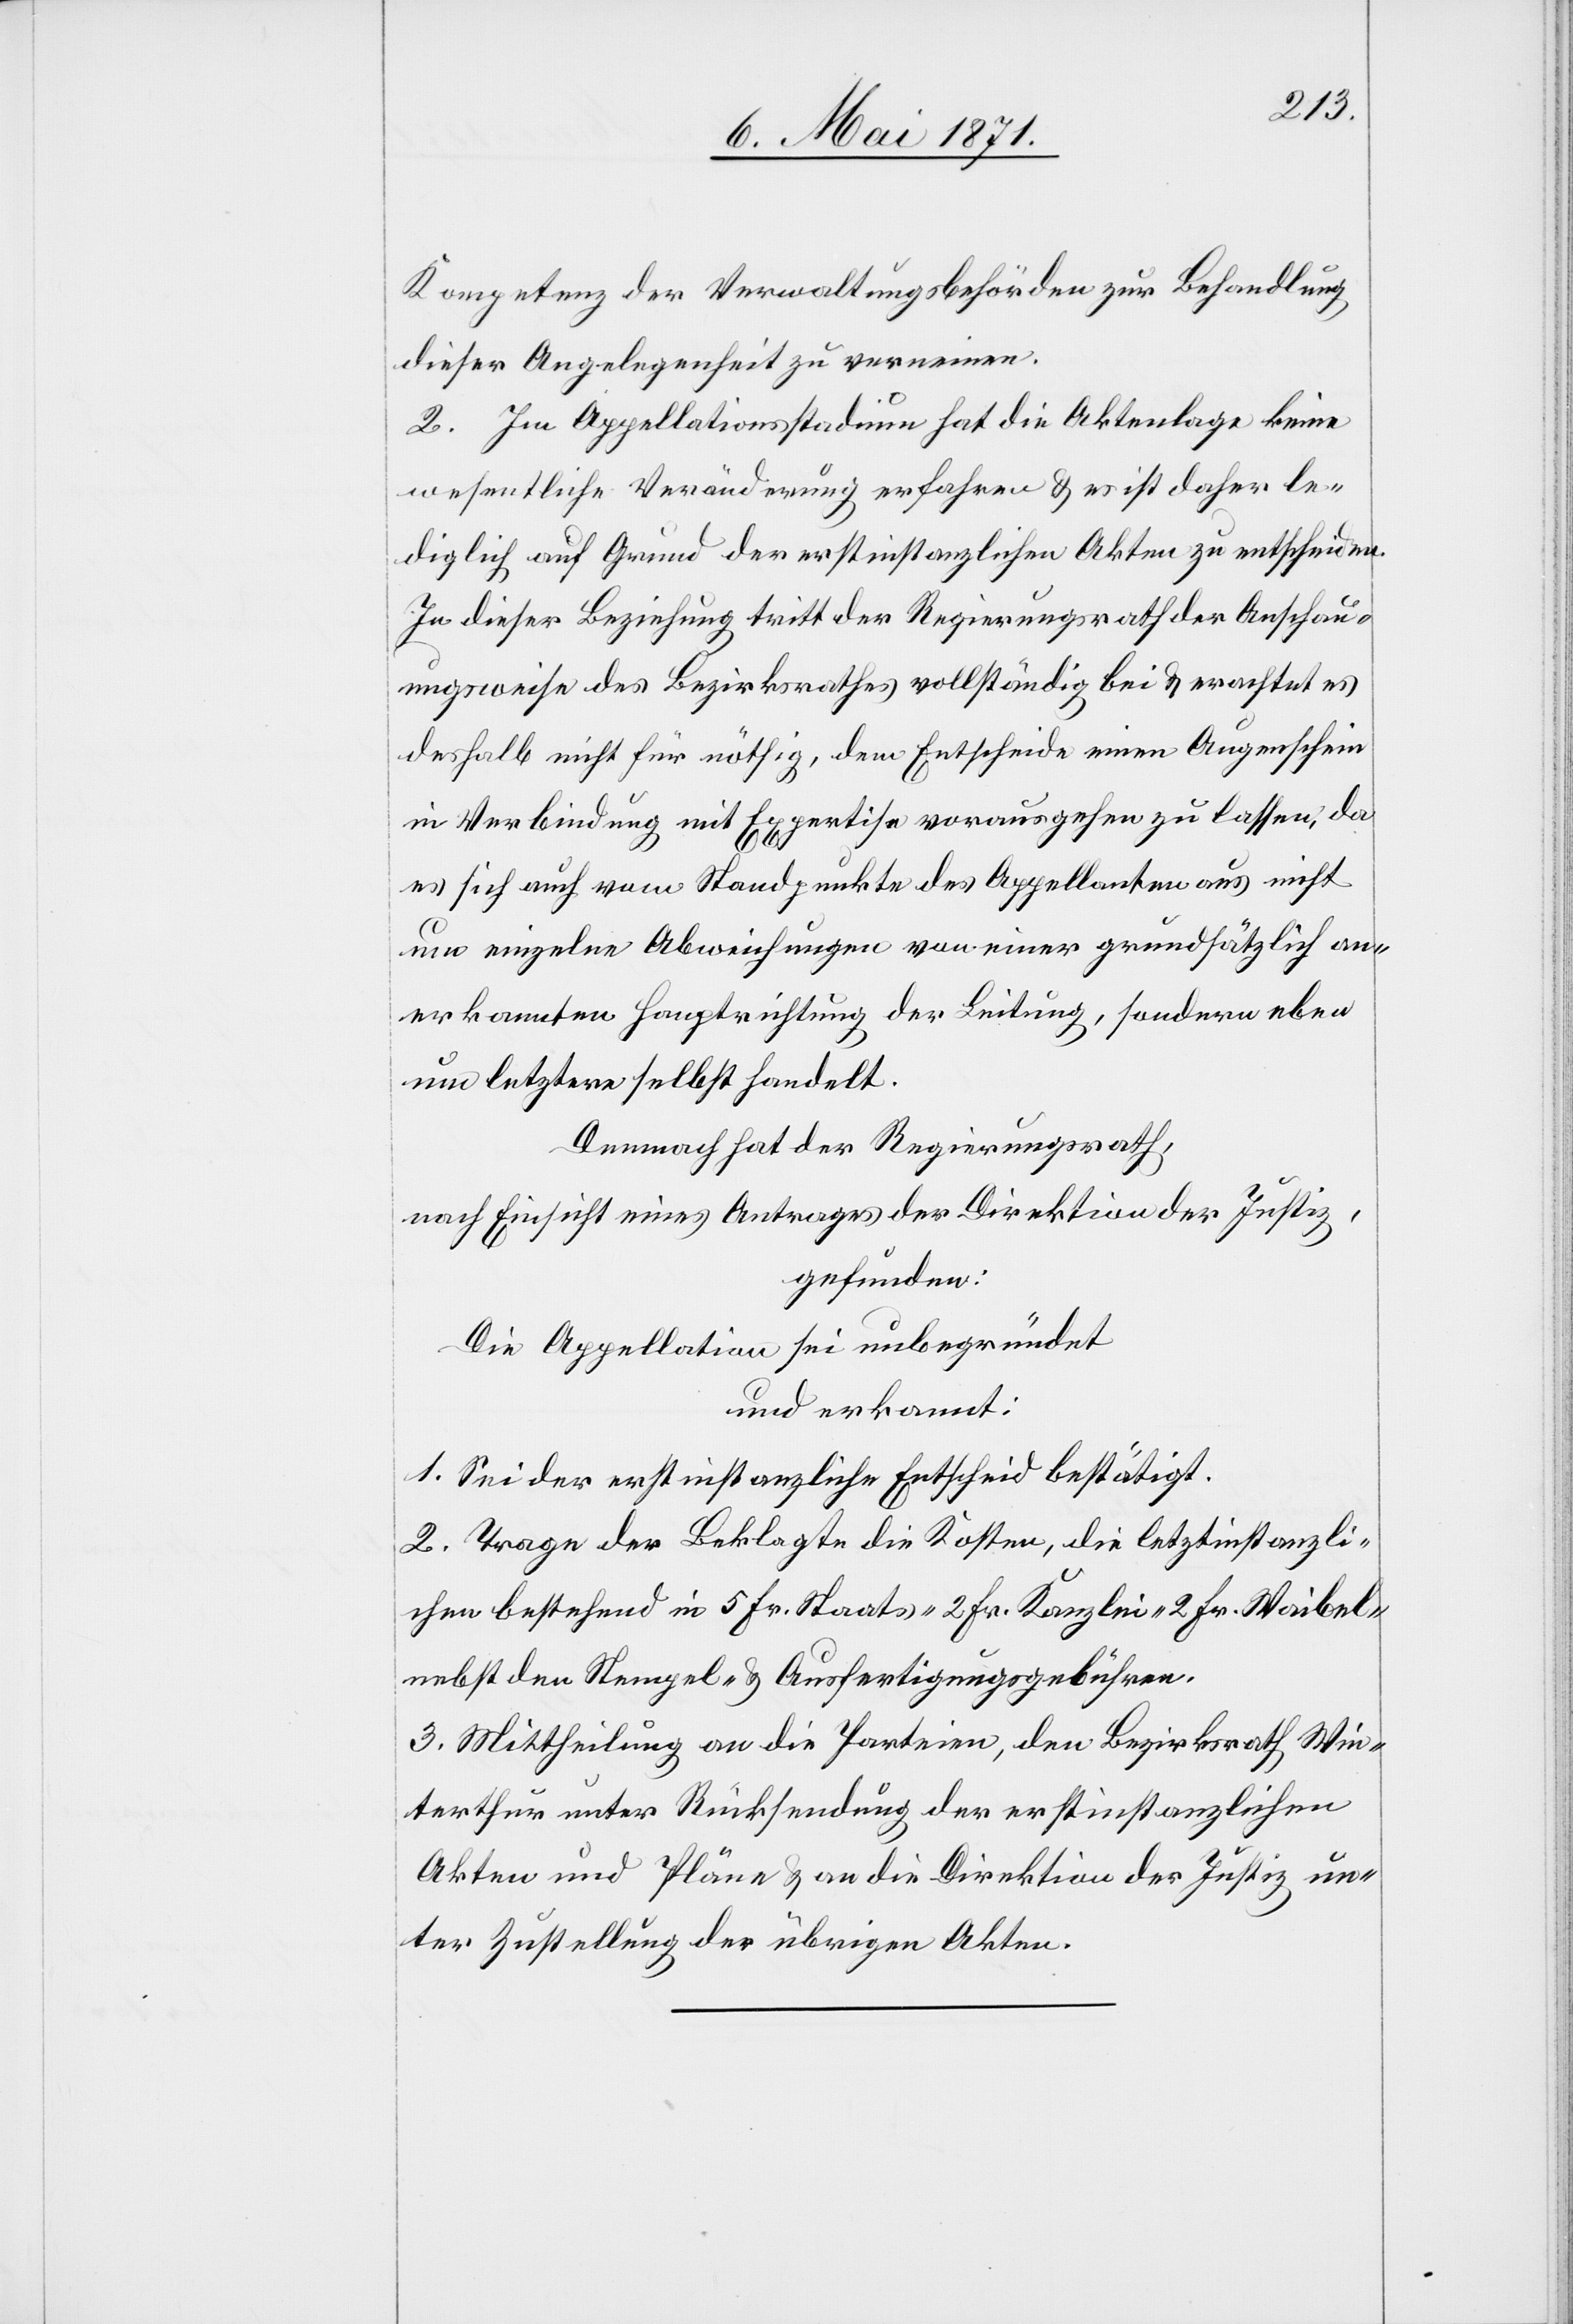
Kompetenz der Verwaltungsbehörden zur Behandlung
dieser Angelegenheit zu verneinen.
2. Im Appellationsstadium hat die Aktenlage keine
wesentliche Veränderung erfahren u. es ist daher le¬
diglich auf Grund der erstinstanzlichen Akten zu entscheiden.
In dieser Beziehung tritt der Regierungsrath der Anschau¬
ungsweise des Bezirksrathes vollständig bei u. erachtet es
deshalb nicht für nöthig, dem Entscheide einen Augenschein
in Verbindung mit Expertise vorausgehen zu lassen; da
es sich auch vom Standpunkte des Appellanten aus nicht
um einzelne Abweichungen von einer grundsätzlich an¬
erkannten Hauptrichtung der Leitung, sondern eben
um letztere selbst handelt.
Demnach hat der Regierungsrath,
nach Einsicht eines Antrages der Direktion der Justiz,
gefunden:
Die Appellation sei unbegründet
und erkannt:
1. Sei der erstinstanzliche Entscheid bestätigt.
2. Trage der Beklagte die Kosten, die letztinstanzli¬
chen bestehend in 5 Fr. Staats-[,] 2 Fr. Kanzlei-[,] 2 Fr. Waibel-[,]
nebst den Stempel- u. Ausfertigungsgebühren.
3. Mittheilung an die Parteien, den Bezirksrath Win¬
terthur unter Rücksendung der erstinstanzlichen
Akten und Pläne u. an die Direktion der Justiz un¬
ter Zustellung der übrigen Akten.